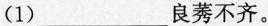
(1)___良莠不齐。